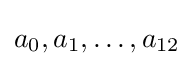
a_{0},a_{1},\ldots ,a_{12}